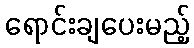
ရောင်းချပေးမည့်